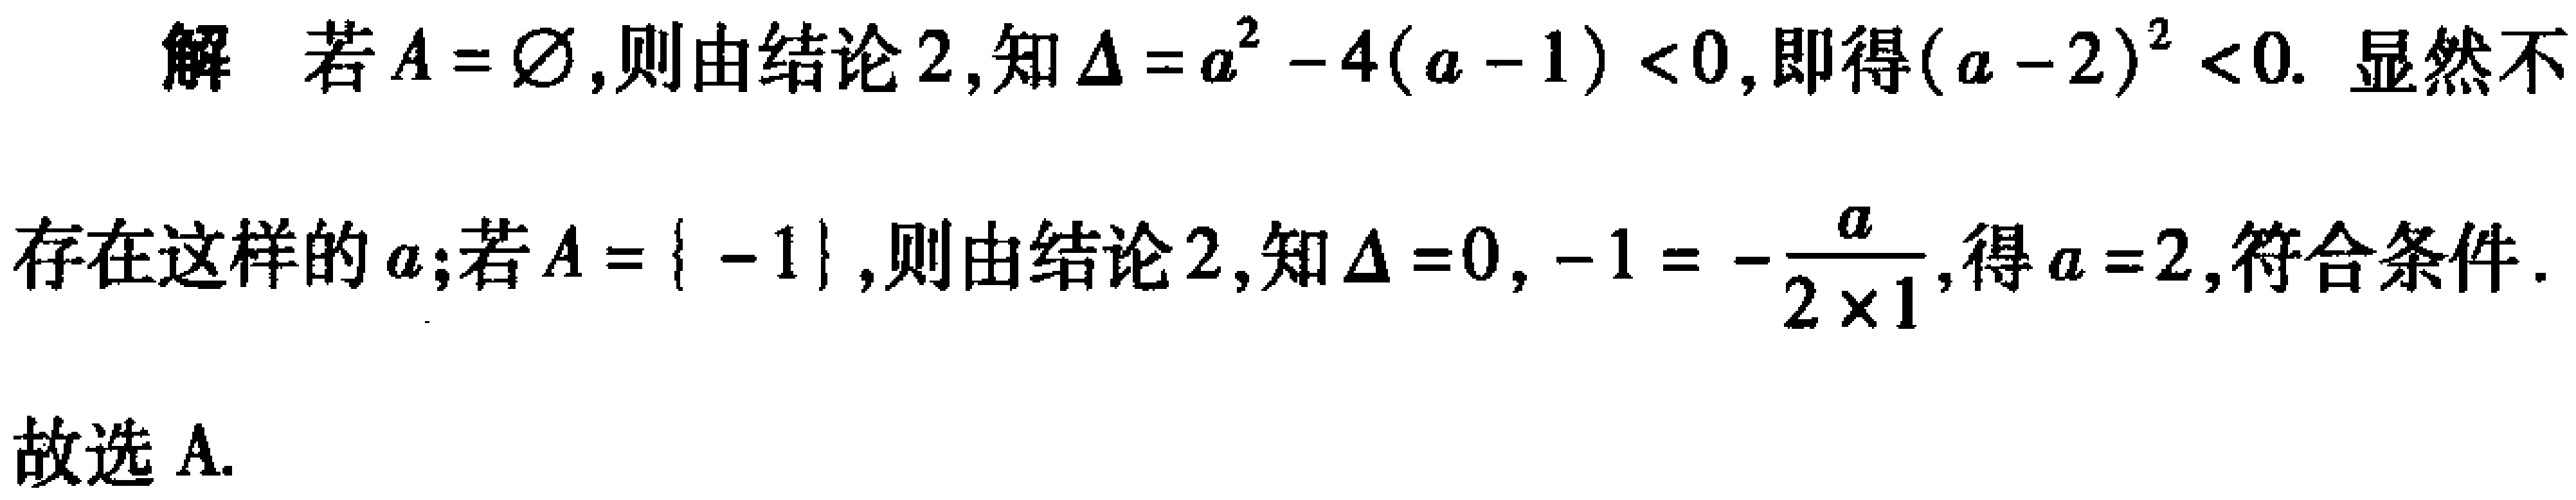
解 若\(A = \varnothing\)，则由结论2，知\(\Delta = a^{2} - 4(a - 1) < 0\)，即得\((a - 2)^{2} < 0\). 显然不
存在这样的\(a\)；若\(A = \{ -1\}\)，则由结论2，知\(\Delta = 0\)，\(-1 = -\frac{a}{2\times1}\)，得\(a = 2\)，符合条件.
故选A.